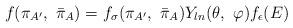
LaTeX: \begin{align*}f(\pi_{A^{\prime}}, \ {\bar \pi}_{A})=f_{\sigma}(\pi_{A^{\prime}}, \ {\bar \pi}_{A})Y_{ln}(\theta, \ \varphi)f_{\epsilon}(E)\end{align*}